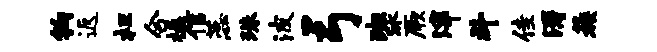
钩返枉合楹信蕊珠波弓班冰厥滓斗佳涛蔟